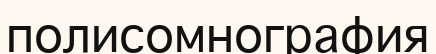
полисомнография